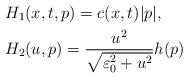
LaTeX: \begin{align*}& H_1(x,t,p)=c(x,t)|p|,\\& H_2(u,p)=\frac{u^2}{\sqrt{\varepsilon _0 ^2+u^2}}h(p) \end{align*}